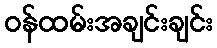
ဝန်ထမ်းအချင်းချင်း